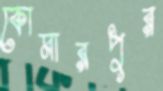
কোমারপুর